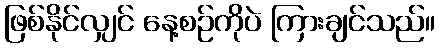
ဖြစ်နိုင်လျှင် နေ့စဉ်ကိုပဲ ကြားချင်သည်။